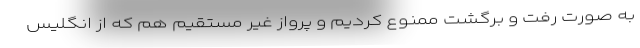
به صورت رفت و برگشت ممنوع کردیم و پرواز غیر مستقیم هم که از انگلیس